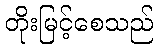
တိုးမြင့်စေသည်